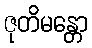
ဇုတိမန္တော